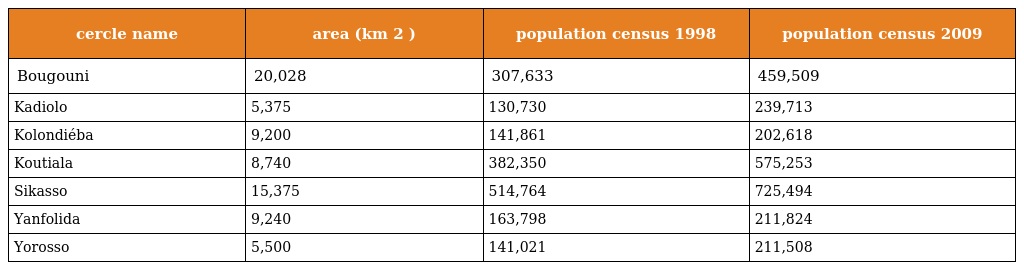
| cercle name | area (km 2 ) | population census 1998 | population census 2009 |
 | --- | --- | --- | --- |
 | Bougouni | 20,028 | 307,633 | 459,509 |
 | Kadiolo | 5,375 | 130,730 | 239,713 |
 | Kolondiéba | 9,200 | 141,861 | 202,618 |
 | Koutiala | 8,740 | 382,350 | 575,253 |
 | Sikasso | 15,375 | 514,764 | 725,494 |
 | Yanfolida | 9,240 | 163,798 | 211,824 |
 | Yorosso | 5,500 | 141,021 | 211,508 |